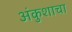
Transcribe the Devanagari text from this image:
अंकुशाचा